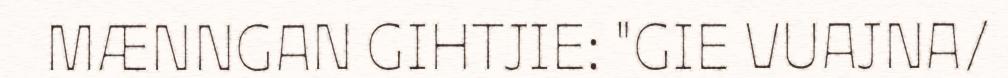
MÆNNGAN GIHTJIE: "GIE VUAJNA/